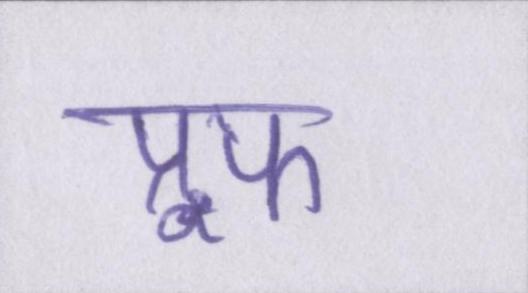
प्रूफ